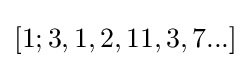
[1;3,1,2,11,3,7...]